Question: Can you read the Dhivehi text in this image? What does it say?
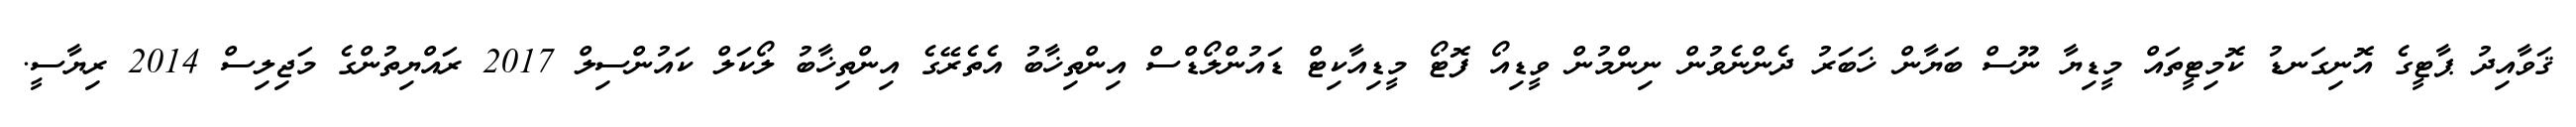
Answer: ޤަވާއިދު ޕާޓީގެ އޮނިގަނޑު ކޮމިޓީތައް މީޑިޔާ ނޫސް ބަޔާން ޚަބަރު ދެންނެވުން ނިންމުން ވީޑިއޯ ފޮޓޯ މީޑިއާކިޓް ޑައުންލޯޑްސް އިންތިޚާބު އެތެރޭގެ އިންތިޚާބު ލޯކަލް ކައުންސިލް 2017 ރައްޔިތުންގެ މަޖިލިސް 2014 ރިޔާސީ.